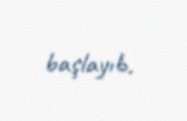
başlayıb.